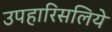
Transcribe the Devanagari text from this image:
उपहारिसलिये